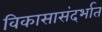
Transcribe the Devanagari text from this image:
विकासासंदर्भात